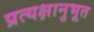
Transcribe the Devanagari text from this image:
प्रत्यक्षानुभूत